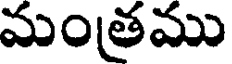
మంత్రము